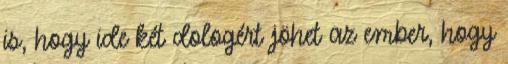
is, hogy ide két dologért jöhet az ember, hogy